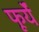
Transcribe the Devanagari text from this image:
फूर्यें